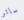
ساتر